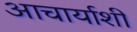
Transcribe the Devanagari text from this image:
आचार्याशी